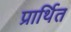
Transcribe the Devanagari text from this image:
प्रार्थित